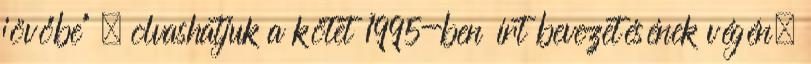
jövőbe" – olvashatjuk a kötet 1995-ben írt bevezetésének végén.